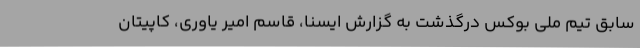
سابق تیم ملی بوکس درگذشت به گزارش ایسنا، قاسم امیر یاوری، کاپیتان